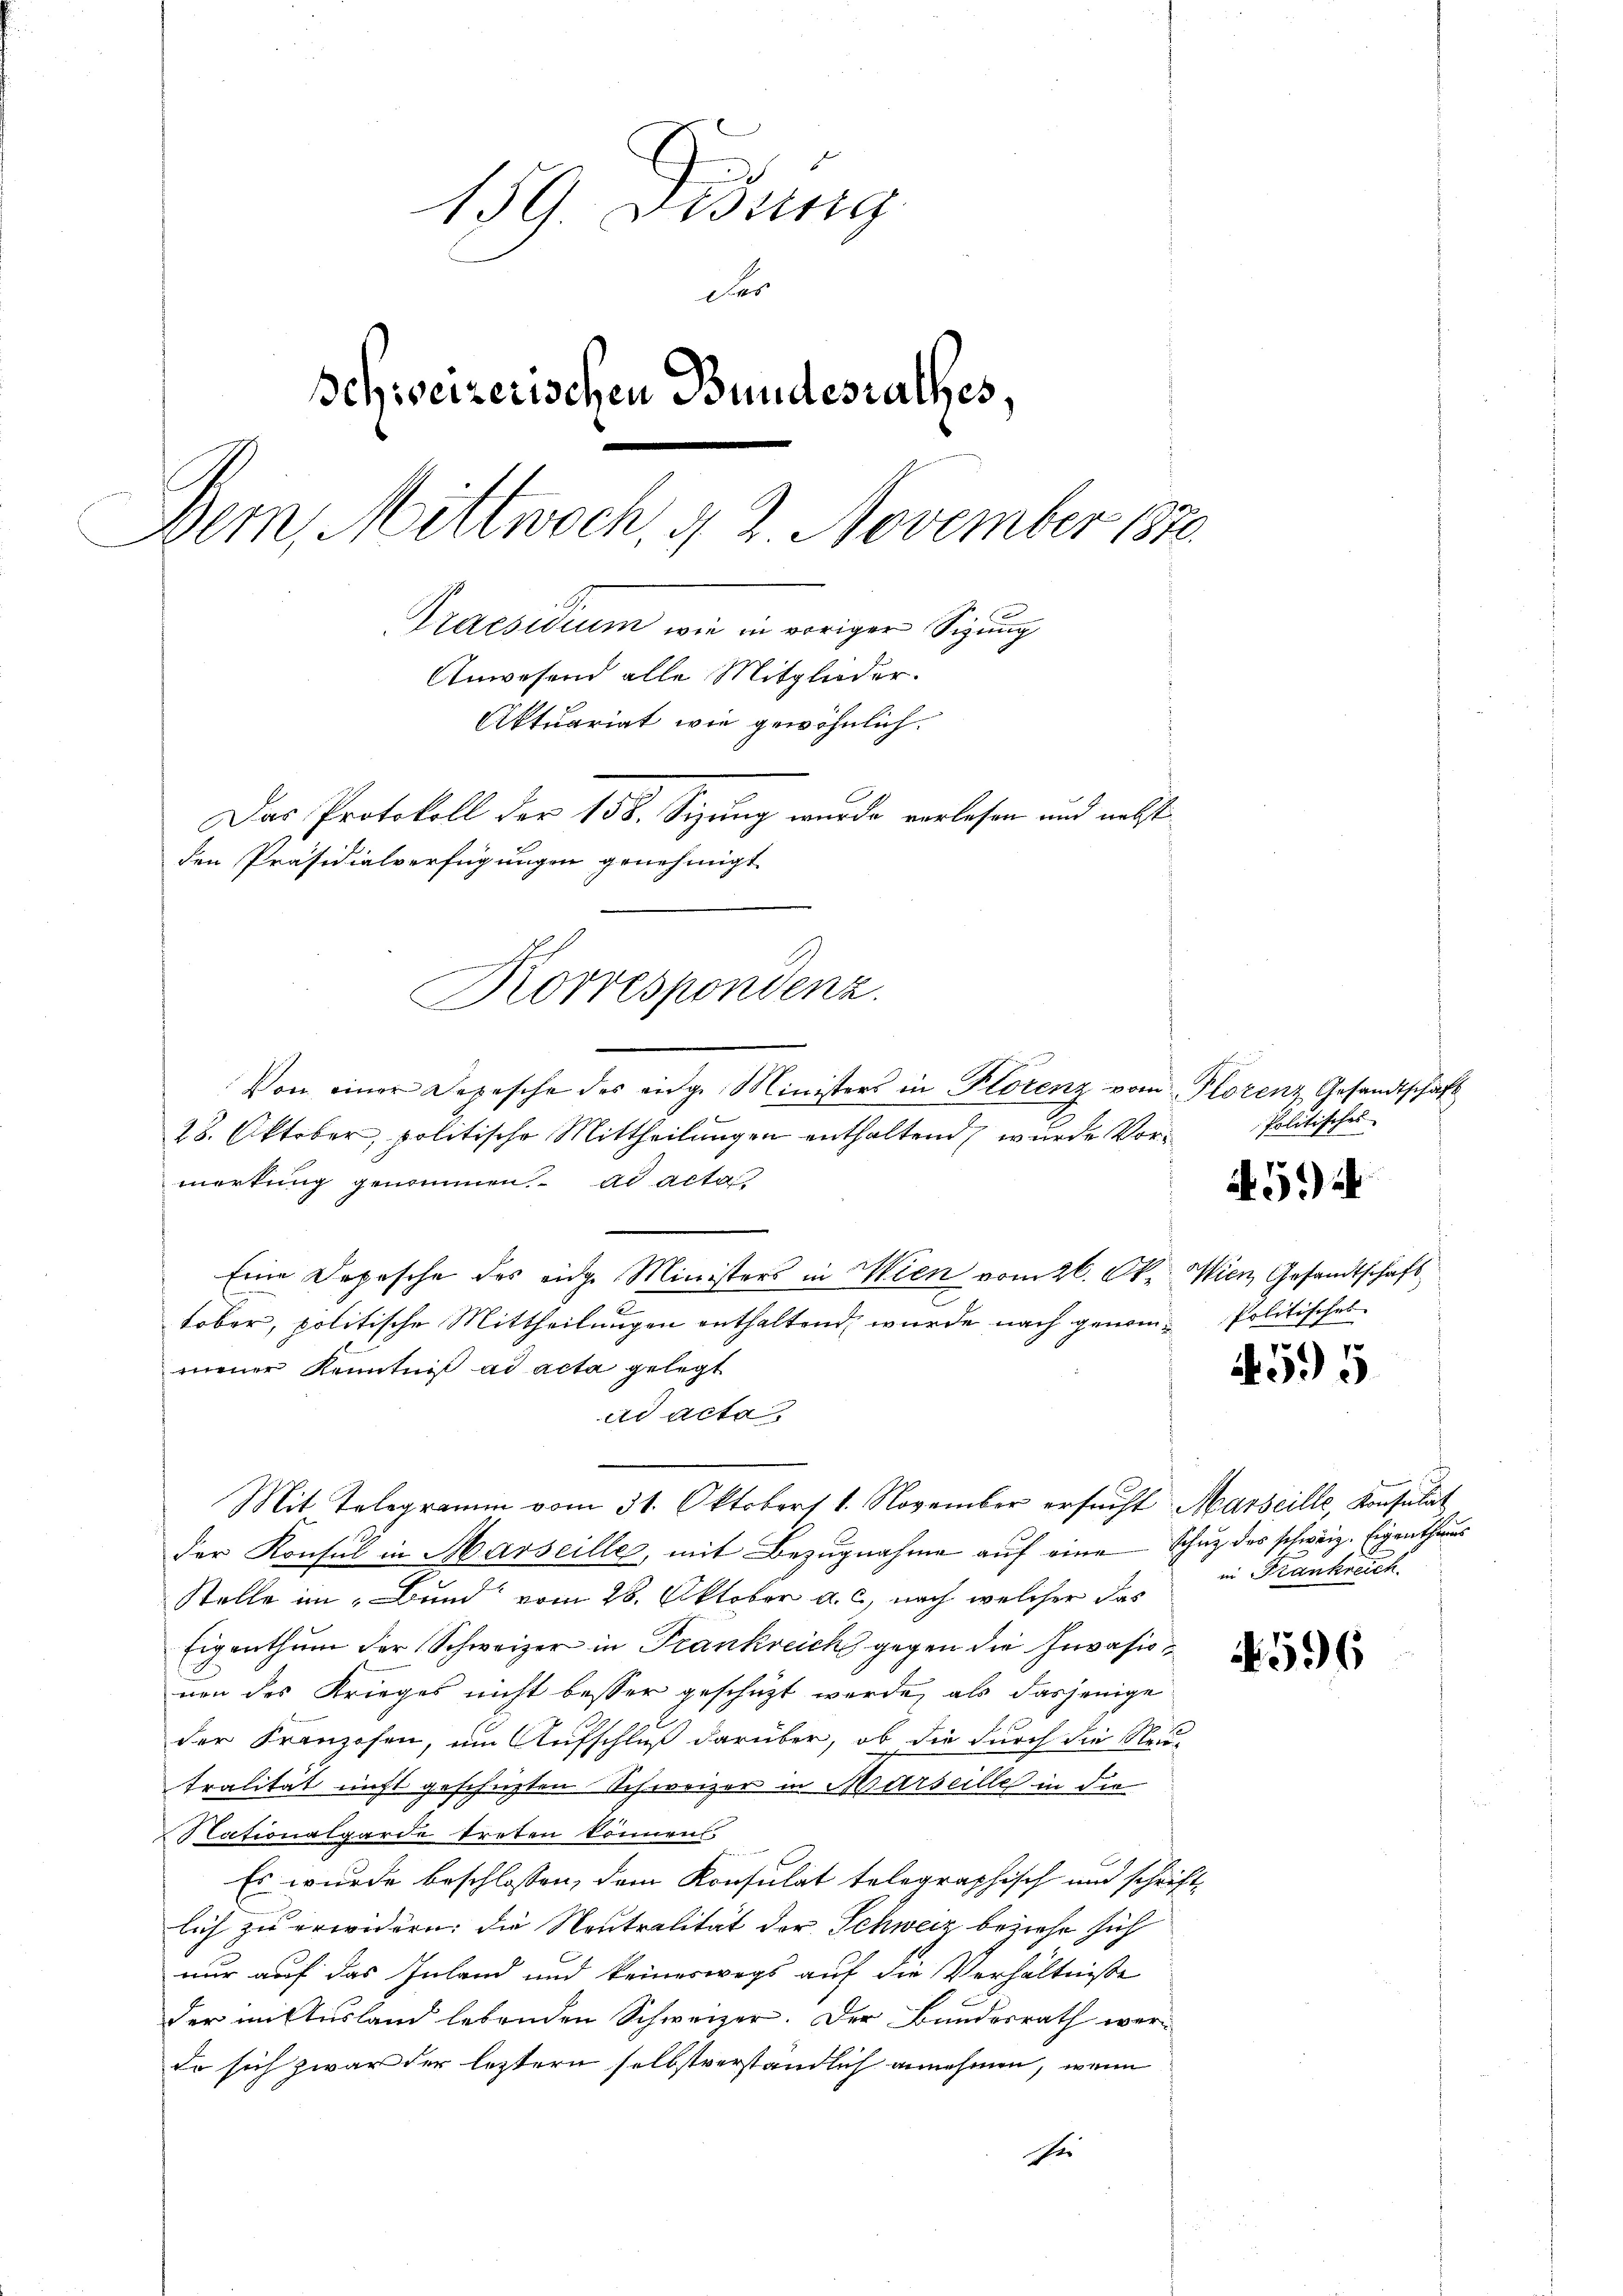
159. Didung
der
Schweizerischen Bundesrathes.
Dein Mittwoch, 4 3 November 1870
Praesidium wie in voriger Sigung
Anwesend alle Mitglieder.
Aktuariat wie gewöhnlich.
Das Protokoll der 158. Sizung wurde vorlesen und nebst
den Präsidialverfügungen genehmigt.
Korrespondenz.

Von einer Depesche des eidge Ministers in Plorenz vom Plorenz Gesandtschäft
28. Oktober, politische Mittheilungen enthaltend, wurde Vormerkung genommen. ad acta
Eine Depesche des eidge Ministers in Wien vom 26. Okt. Wien Gesandtschaft
tober, politische Mittheilungen enthaltend, wurde nach genommener Kenntniß ad acta gelegt
ad acta
Mit Telegramm vom 31. Oktobers 1. November ersucht Marseille, Konsulat
der Konsul in Marseille, mit Bezŭgnahme aŭf eine Schutz des schweiz. Eigenthums
Stelle im „Bund“ vom 28. Oktober a. c., nach welcher das
Eigenthum der Schweizer in Trankreich gegen die Invasionen des Krieges nicht besser geschüzt werde, als dasjenige
b
der Franzosen, um Aufschluß darüber, ob die durch die Neu-
tralität nicht geschüzten Schweizer in Marseilles in die
Nationalgarde treten können.
Für
Es wurde beschlossen, dem Konsulat telegraphisch und schrift-
lich zu erwidern: die Neutralität der Schweiz beziehe sich
nur auf das Inland und keineswegs auf die Verhältnisse
der mitusland lebenden Schweizer. Der Bundesrath werdo sich zwar der letztern selbstverständlich annehmen, wenn
e

Politisches

it 524

Politisches

r
095

in Frankreich

596